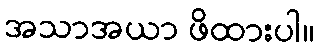
အသာအယာ ဖိထားပါ။